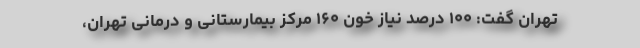
تهران گفت: ۱۰۰ درصد نیاز خون ۱۶۰ مرکز بیمارستانی و درمانی تهران،